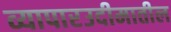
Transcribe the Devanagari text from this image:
व्यापारउदीमातील